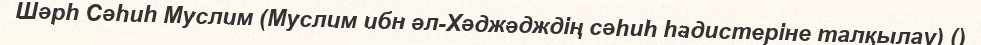
Шәрһ Сәһиһ Муслим (Муслим ибн әл-Хәджәдждің сәһиһ һадистеріне талқылау) ()